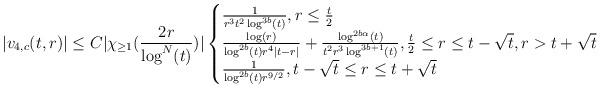
LaTeX: \begin{align*} |v_{4,c}(t,r)| \leq C |\chi_{ \geq 1}(\frac{2r}{\log^{N}(t)})| \begin{cases} \frac{1}{r^{3}t^{2}\log^{3b}(t)}, r \leq \frac{t}{2}\\\frac{\log(r)}{\log^{2b}(t) r^{4}|t-r|}+\frac{\log^{2b\alpha}(t)}{t^{2} r^{3} \log^{3b+1}(t)}, \frac{t}{2} \leq r \leq t-\sqrt{t}, r > t+\sqrt{t}\\\frac{1}{\log^{2b}(t)r^{9/2}}, t-\sqrt{t} \leq r \leq t+\sqrt{t}\end{cases}\end{align*}